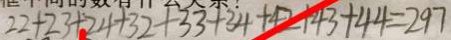
2 2 + 2 3 + 2 4 + 3 2 + 3 3 + 3 4 + 4 2 + 4 3 + 4 4 = 2 9 7